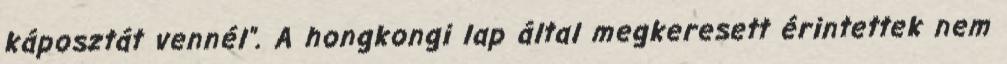
káposztát vennél”. A hongkongi lap által megkeresett érintettek nem